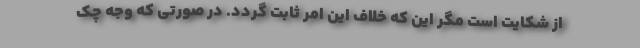
از شکایت است مگر این که خلاف این امر ثابت گردد. در صورتی که وجه چک